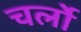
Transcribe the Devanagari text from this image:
चर्लो